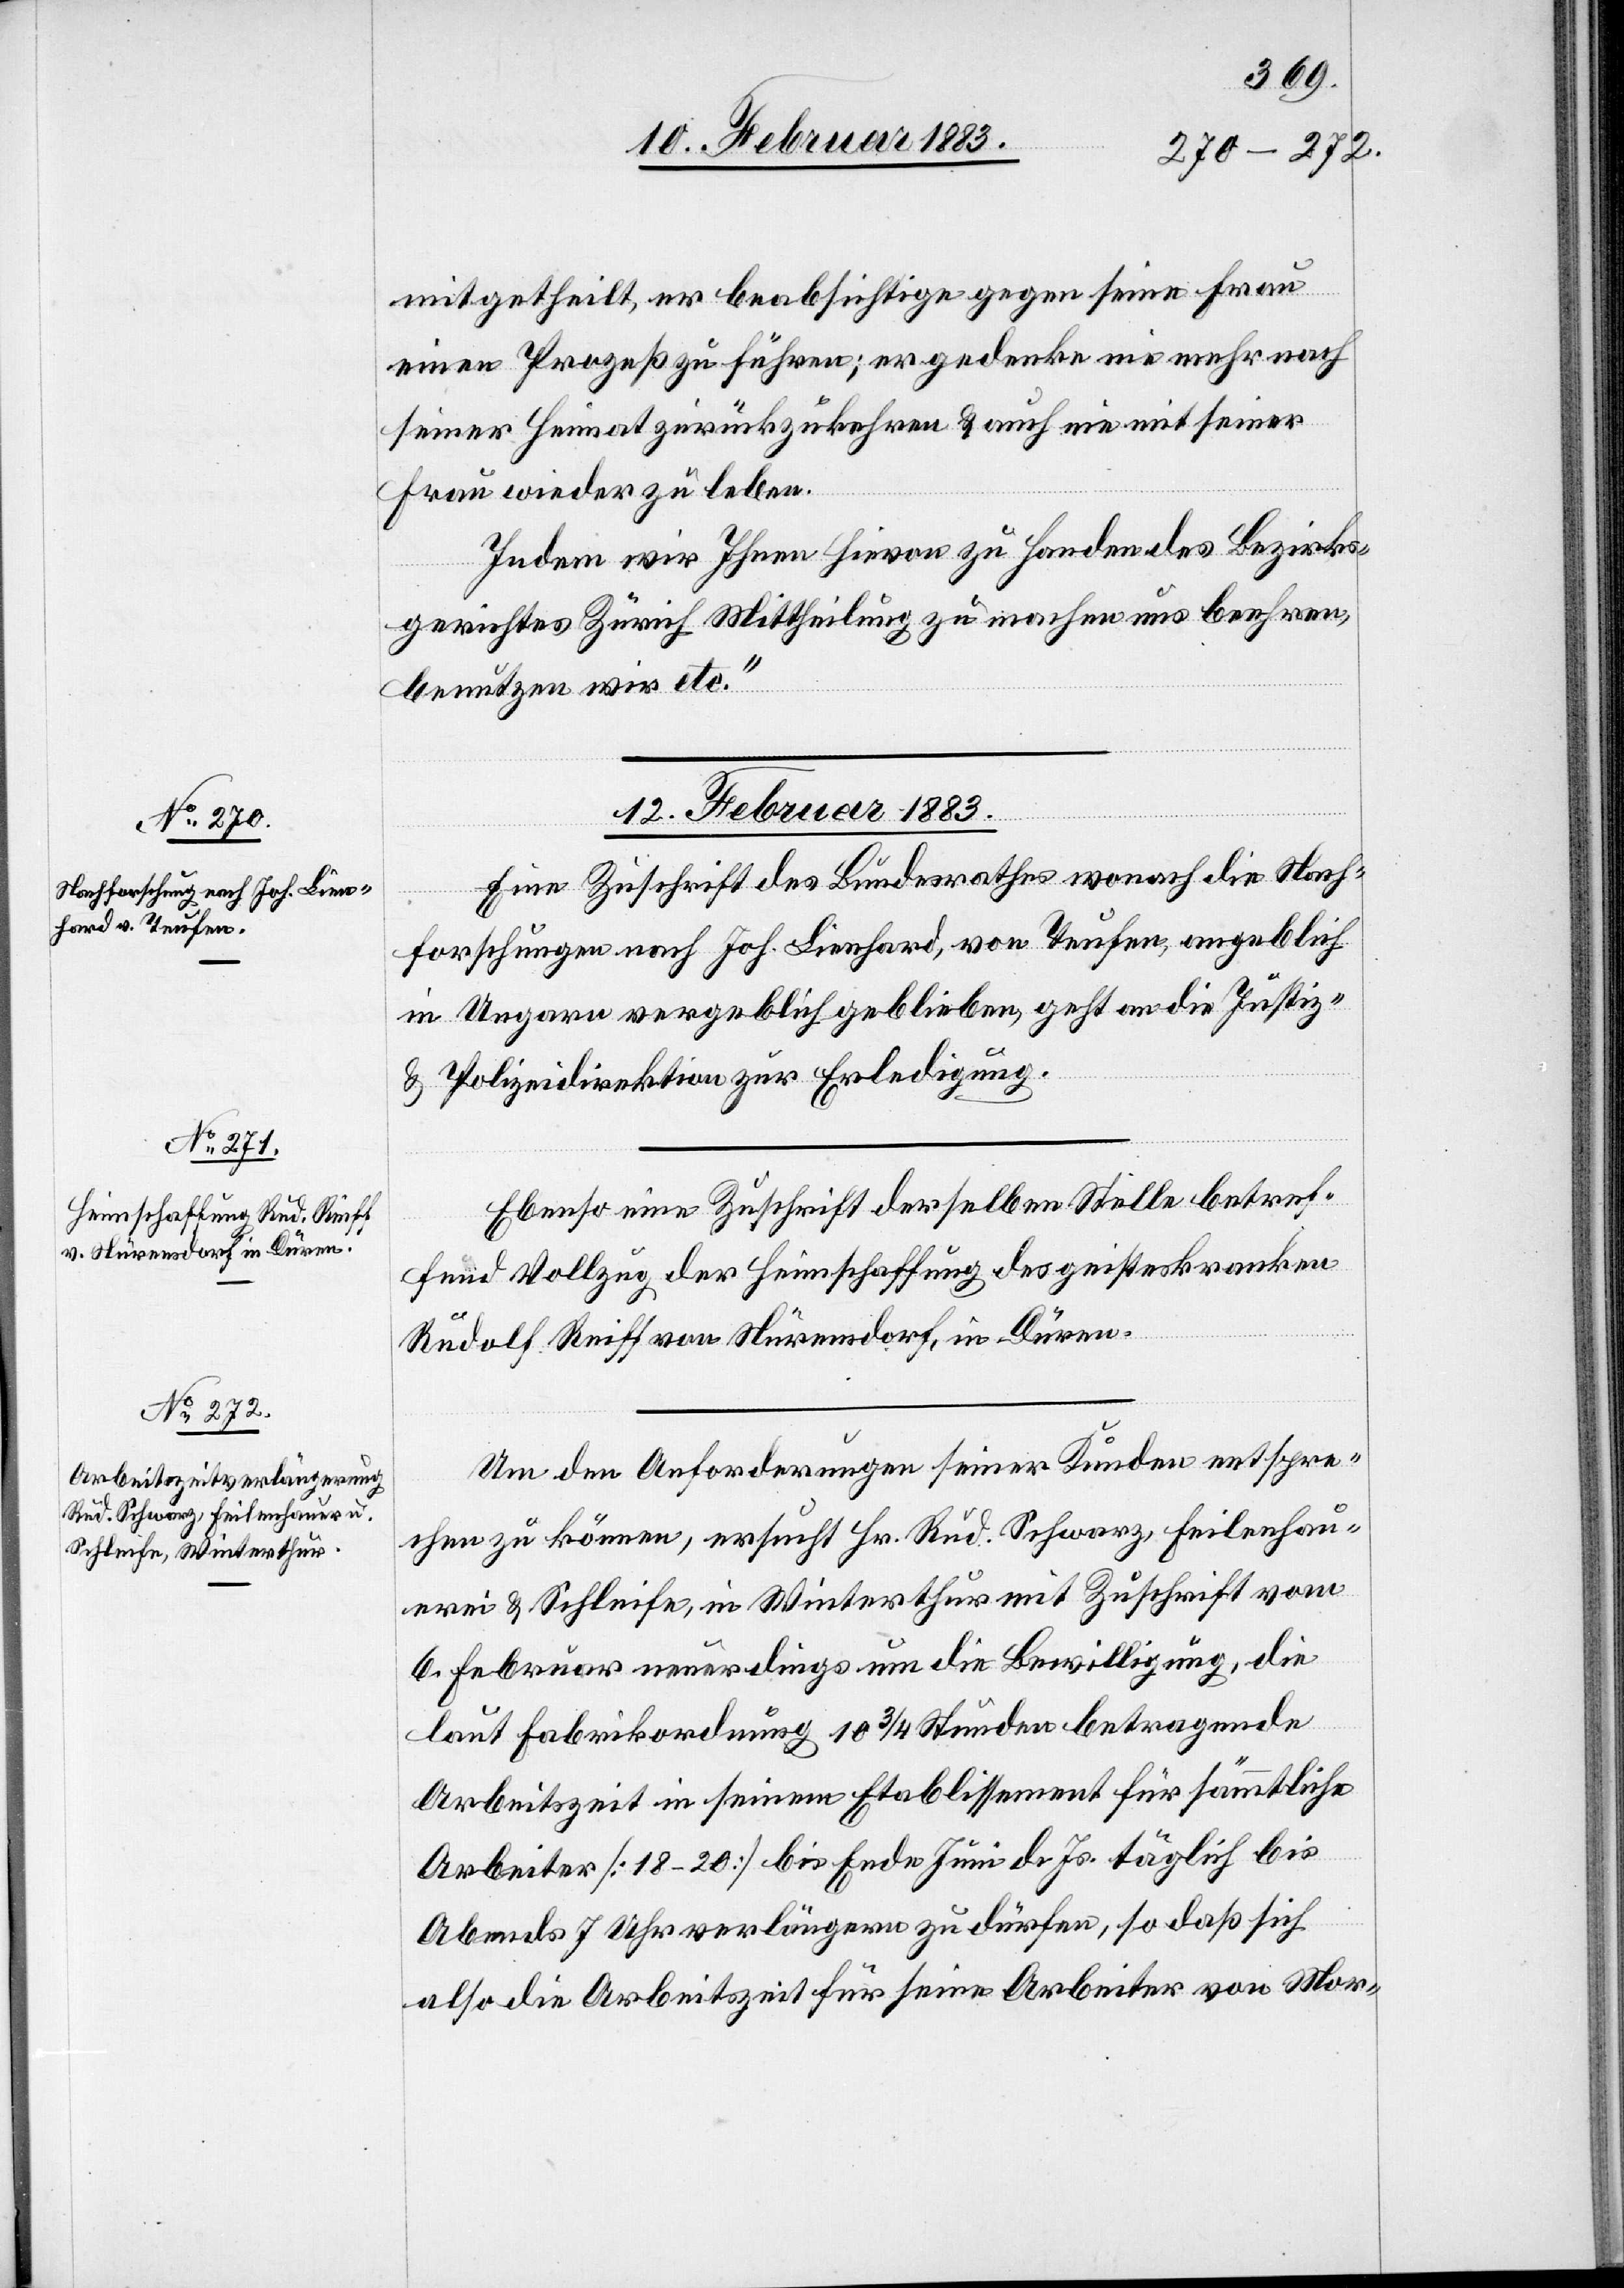
mitgetheilt, er beabsichtige gegen seine Frau
einen Prozeß zu führen; er gedenke nie mehr nach
seiner Heimat zurückzukehren & auch nie mit seiner
Frau wieder zu leben.
Indem wir Ihnen hievon zu Handen des Bezirks¬
gerichtes Zürich Mittheilung zu machen uns beehren,
benutzen wir etc.“
12. Februar 1883.]
Eine Zuschrift des Bundesrathes wonach die Nach¬
forschungen nach Joh. Lienhard, von Teufen, angeblich
in Ungarn vergeblich geblieben, geht an die Justiz-
& Polizeidirektion zur Erledigung.
Ebenso eine Zuschrift derselben Stelle betref¬
fend Vollzug der Heimschaffung des geisteskranken
Rudolf Reiff von Nürensdorf in Düren.
setzung